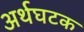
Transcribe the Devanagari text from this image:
अर्थघटक